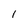
Character: 1